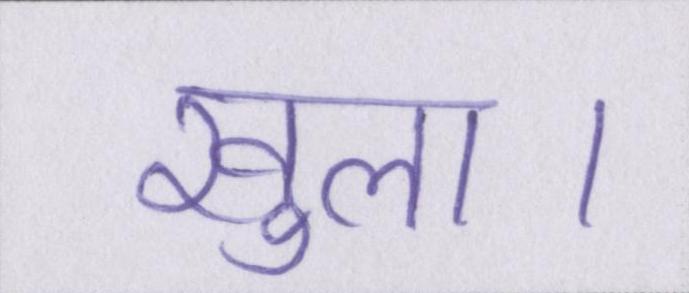
खुला।